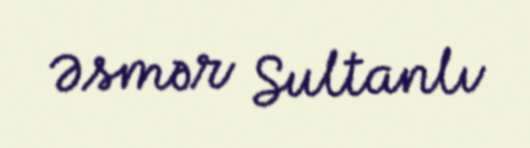
Əsmər Sultanlı